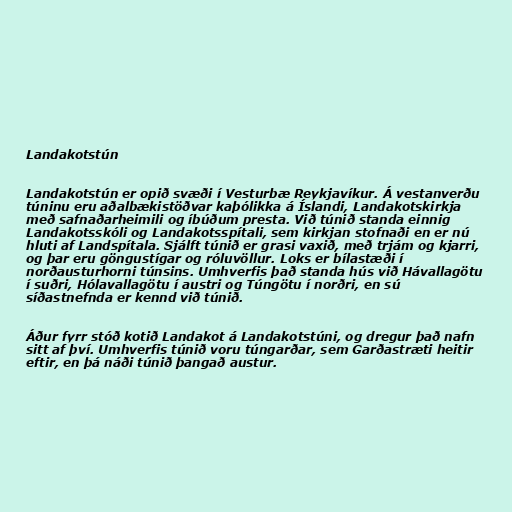
Landakotstún

Landakotstún er opið svæði í Vesturbæ Reykjavíkur. Á vestanverðu
túninu eru aðalbækistöðvar kaþólikka á Íslandi, Landakotskirkja
með safnaðarheimili og íbúðum presta. Við túnið standa einnig
Landakotsskóli og Landakotsspítali, sem kirkjan stofnaði en er nú
hluti af Landspítala. Sjálft túnið er grasi vaxið, með trjám og kjarri,
og þar eru göngustígar og róluvöllur. Loks er bílastæði í
norðausturhorni túnsins. Umhverfis það standa hús við Hávallagötu
í suðri, Hólavallagötu í austri og Túngötu í norðri, en sú
síðastnefnda er kennd við túnið.

Áður fyrr stóð kotið Landakot á Landakotstúni, og dregur það nafn
sitt af því. Umhverfis túnið voru túngarðar, sem Garðastræti heitir
eftir, en þá náði túnið þangað austur.